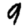
Digit: 9